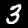
Label: 3